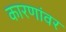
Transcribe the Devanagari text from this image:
कारणांवर